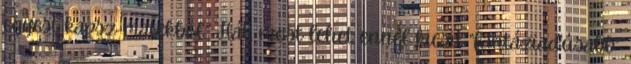
egyest kapsz matekból.” Hát, most lehet ennél kicsit “fantáziadúsabb”